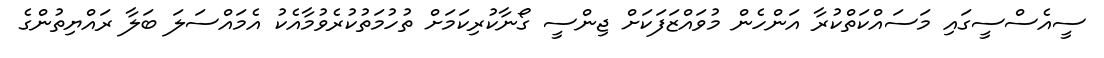
ސީއެސްސީގައި މަސައްކަތްކުރާ އަންހެން މުވައްޒަފަކަށް ޖިންސީ ގޯނާކުރިކަމަށް ތުހުމަތުކުރެވުމާއެކު އެމައްސަލަ ބަލާ ރައްޔިތުންގެ